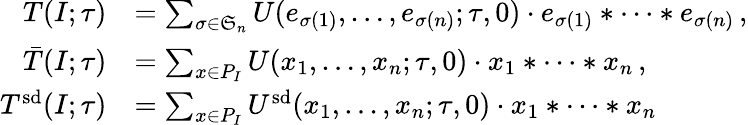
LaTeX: \begin{array}{rl}{T(I;\tau)}&{=\sum_{\sigma\in\mathfrak{S}_{n}}U(e_{\sigma(1)},\dotsc,e_{\sigma(n)};\tau,0)\cdot e_{\sigma(1)}*\cdots*e_{\sigma(n)}\, ,}\\ {\bar{T}(I;\tau)}&{=\sum_{x\in P_{I}}U(x_{1},\dotsc,x_{n};\tau,0)\cdot x_{1}*\cdots*x_{n}\, ,}\\ {T^{\smash{\mathrm{sd}}}(I;\tau)}&{=\sum_{x\in P_{I}}U^{\smash{\mathrm{sd}}}(x_{1},\dotsc,x_{n};\tau,0)\cdot x_{1}*\cdots*x_{n}}\end{array}